Annual report of the Central Committee of the Association together with the report of the directors of the Pasteur Institute at Kasauli
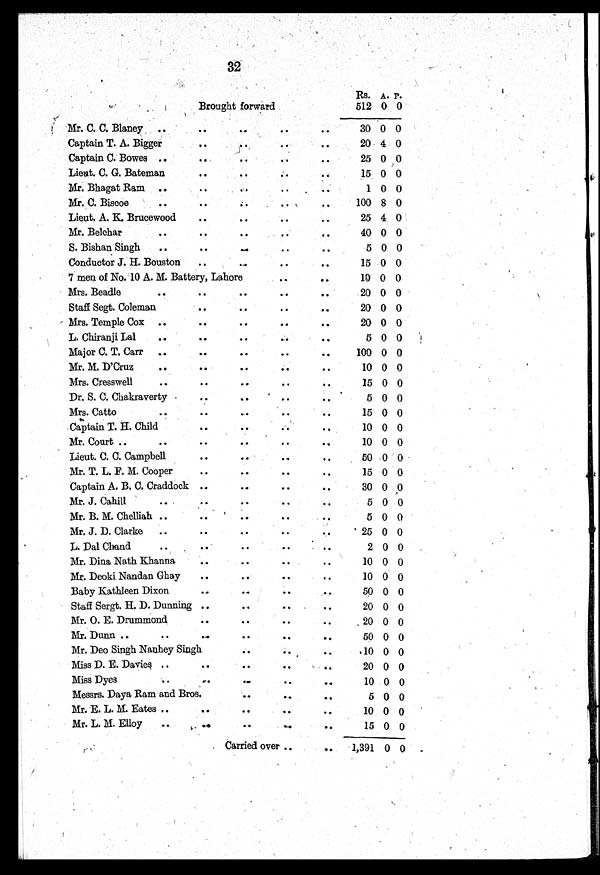
32
Rs. A. P.
Brought forward
512 0 0
Mr. C. C. Blaney
30 0 0
Captain T. A. Bigger
2 0 4 0
Captain C. Bowes
25 0 0
Lieut. C. G. Bateman
15 0 0
Mr. Bhagat Ram
1 0 0
Mr. C. Biscoe
100 8 0
Lieut. A. K. Brucewood
25 4 0
Mr. Belchar
40 0 0
S. Bishan Singh
5 0 0
Conductor J. H. Bouston
15 0 0
7 men of No. 10 A. M. Battery, Lahore
10 0 0
Mrs. Beadle
20 0 0
Staff Segt. Coleman
20 0 0
Mrs. Temple Cox
20 0 0
L. Chiranji Lal
5 0 0
Major C. T. Carr
100 0 0
Mr. M. D'Cruz
10 0 0
Mrs. Cresswell
15 0 0
Dr. S. C. Chakraverty
5 0 0
Mrs. Catto
15 0 0
C a p t a i n T . H . C h i l d
10 0 0
Mr. Court
10 0 0
Lieut. C. C. Campbell
50 0 0
Mr. T. L. F. M. Cooper
15 0 0
Captain A. B. C. Craddock
30 0 0
Mr. J. Cahill
5 0 0
Mr. B. M. Chelliah
5 0 0
Mr. J. D. Clarke
25 0 0
L. Dal Chand
2 0 0
Mr. Dina Nath Khanna
10 0 0
Mr. Deoki Nandan Ghay
10 0 0
Baby Kathleen Dixon
50 0 0
Staff Sergt. H. D. Dunning
20 0 0
Mr. O. E. Drummond
20 0 0
Mr. Dunn
50 0 0
Mr. Deo Singh Nanhey Singh
10 0 0
Miss D. E. Davies
20 0 0
Miss Dyes
10 0 0
Messrs. Daya Ram and Bros.
5 0 0
Mr. E. L. M. Eates
10 0 0
Mr. L. M. Elloy
15 0 0
Carried over
1,391 0 0